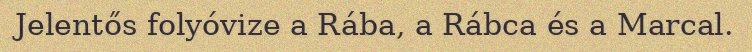
Jelentős folyóvize a Rába, a Rábca és a Marcal.